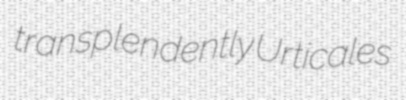
transplendently Urticales